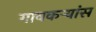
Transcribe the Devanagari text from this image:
गावकऱ्यांस